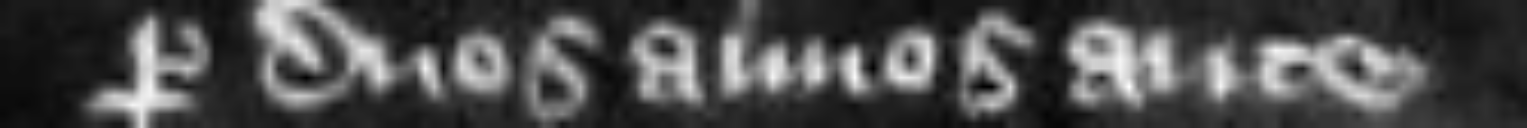
per duos annos ante